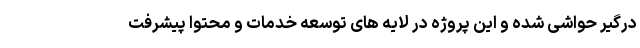
درگیر حواشی شده و این پروژه در لایه های توسعه خدمات و محتوا پیشرفت